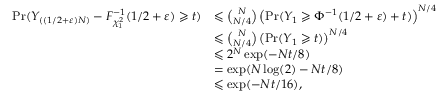
\begin{array} { r l } { \operatorname* { P r } ( Y _ { ( ( 1 / 2 + \varepsilon ) N ) } - F _ { \chi _ { 1 } ^ { 2 } } ^ { - 1 } ( 1 / 2 + \varepsilon ) \geqslant t ) } & { \leqslant \binom { N } { N / 4 } \left( \operatorname* { P r } ( Y _ { 1 } \geqslant \Phi ^ { - 1 } ( 1 / 2 + \varepsilon ) + t ) \right) ^ { N / 4 } } \\ & { \leqslant \binom { N } { N / 4 } \left( \operatorname* { P r } ( Y _ { 1 } \geqslant t ) \right) ^ { N / 4 } } \\ & { \leqslant 2 ^ { N } \exp ( - N t / 8 ) } \\ & { = \exp ( N \log ( 2 ) - N t / 8 ) } \\ & { \leqslant \exp ( - N t / 1 6 ) , } \end{array}